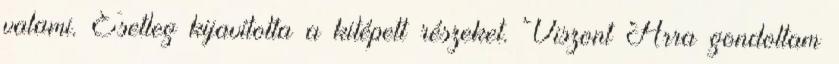
valami. Esetleg kijavította a kitépett részeket. Viszont Arra gondoltam